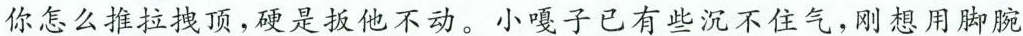
你怎么推拉拽顶，硬是扳他不动。小嘎子已有些沉不住气，刚想用脚腕